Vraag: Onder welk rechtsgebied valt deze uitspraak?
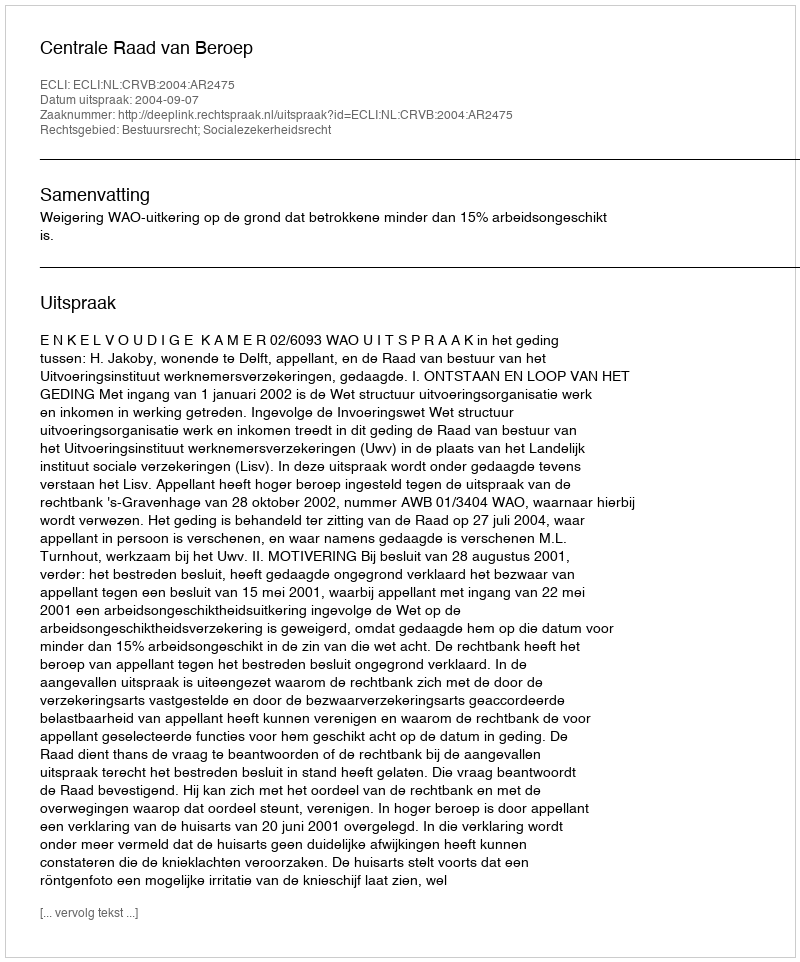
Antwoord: Bestuursrecht; Socialezekerheidsrecht